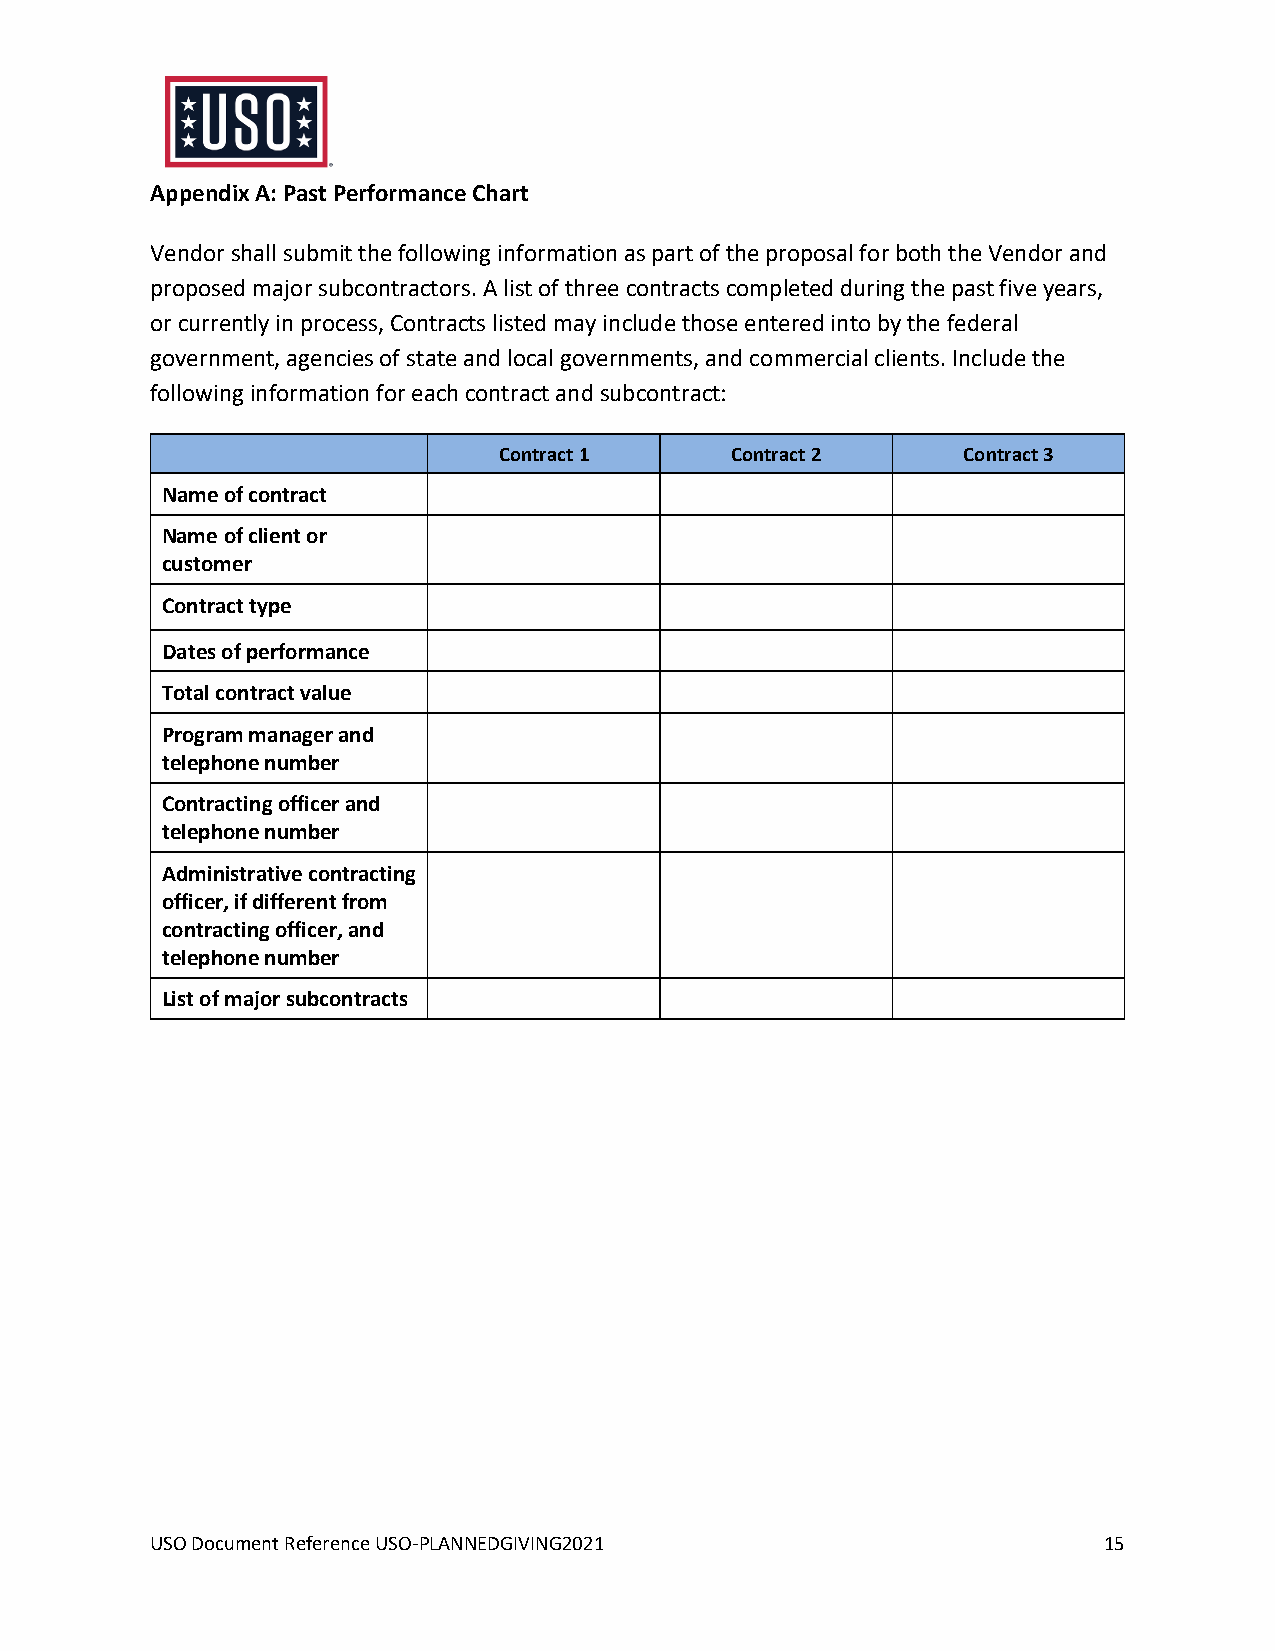
Appendix A: Past Performance Chart
 Vendor shall submit the following information as part of the proposal for both the Vendor and
 proposed major subcontractors. A list of three contracts completed during the past five years,
 or currently in process, Contracts listed may include those entered into by the federal
 government, agencies of state and local governments, and commercial clients. Include the
 following information for each contract and subcontract:
 Contract 1     Contract 2      Contract 3
 Name of contract
 Name of client or
 customer
 Contract type
 Dates of performance
 Total contract value
 Program manager and
 telephone number
 Contracting officer and
 telephone number
 Administrative contracting
 officer, if different from
 contracting officer, and
 telephone number
 List of major subcontracts
 USO Document Reference USO-PLANNEDGIVING2021                   15